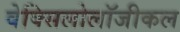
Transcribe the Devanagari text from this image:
वेक्सिलोलॉजीकल